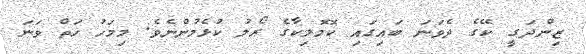
ޒިންދަގީ ކޭގެ ދެވަނަ ބައިގައި ކޮމޮލިކާގެ ރޯލު ކުޅެމުންނެވެ. މިމަހު ހަތް ވަނަ